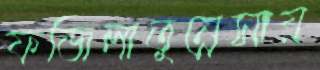
ফজিলাতুন্নেসায়